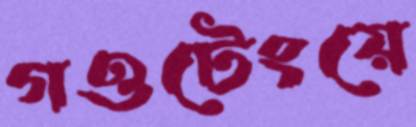
গওটেংয়ে